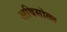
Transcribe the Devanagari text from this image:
अविसोत्ल